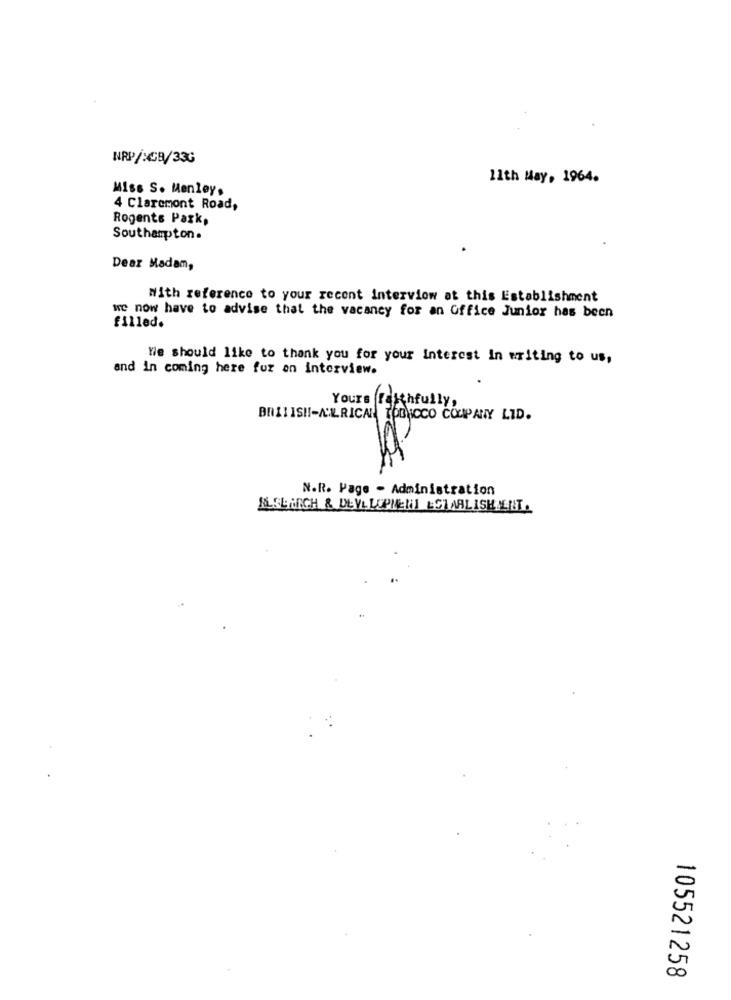
NRP/XCB/33G
11th May, 1964.
Miss S. Menley.
4 Claremont Road,
Rogents Park,
Southampton.
Dear Madam,
With reference to your recent Interview at this Establishment
we now have to advise that the vacancy for an Office Junior has been
filled.
Wie should like to thank you for your interest in writing to us,
and in coming here for an interview.
BRITISH !- ALRICA TOGNICCO COMPANY LID.
N.R. Page - Administration
ALSLARCH & DEVELOPMENT &CIMALISH MENT.
105521258